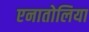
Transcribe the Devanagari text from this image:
एनातोलिया